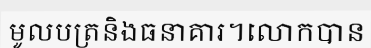
មូលបត្រនិងធនាគារ។លោកបាន